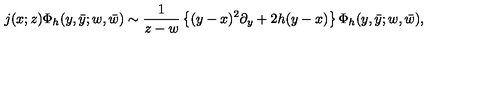
j ( x ; z ) \Phi _ { h } ( y , \bar { y } ; w , \bar { w } ) \sim \frac { 1 } { z - w } \left\{ ( y - x ) ^ { 2 } \partial _ { y } + 2 h ( y - x ) \right\} \Phi _ { h } ( y , \bar { y } ; w , \bar { w } ) ,